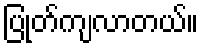
ပြုတ်ကျလာတယ်။